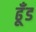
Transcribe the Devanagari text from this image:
ढूँड